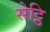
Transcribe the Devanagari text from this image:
सेट्ठि